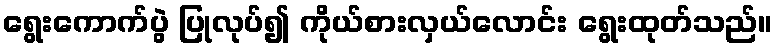
ရွေးကောက်ပွဲ ပြုလုပ်၍ ကိုယ်စားလှယ်လောင်း ရွေးထုတ်သည်။